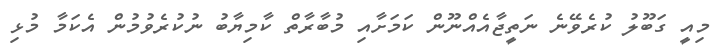
މިއީ ގަބޫލު ކުރެވޭނެ ނަތީޖާއެއްނޫން ކަމަށާއި މުބާރާތް ކާމިޔާބު ނުކުރެވުމުން އެކަމާ މުޅި